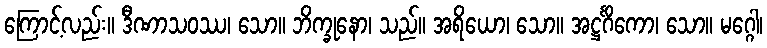
ကြောင့်လည်း။ ဒီဏာသဝဿ၊ သော။ ဘိက္ခုနော၊ သည်။ အရိယော၊ သော။ အဋ္ဌင်္ဂိကော၊ သော။ မဂ္ဂေါ၊